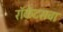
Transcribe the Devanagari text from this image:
रॉकेटसचा